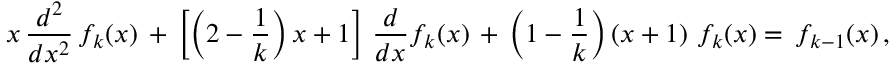
x \, \frac { d ^ { 2 } } { d x ^ { 2 } } \, f _ { k } ( x ) \, + \, \left[ \left( 2 - \frac 1 k \right) x + 1 \right] \, \frac d { d x } f _ { k } ( x ) \, + \, \left( 1 - \frac 1 k \right) \left( x + 1 \right) \, f _ { k } ( x ) = \, f _ { k - 1 } ( x ) \, ,